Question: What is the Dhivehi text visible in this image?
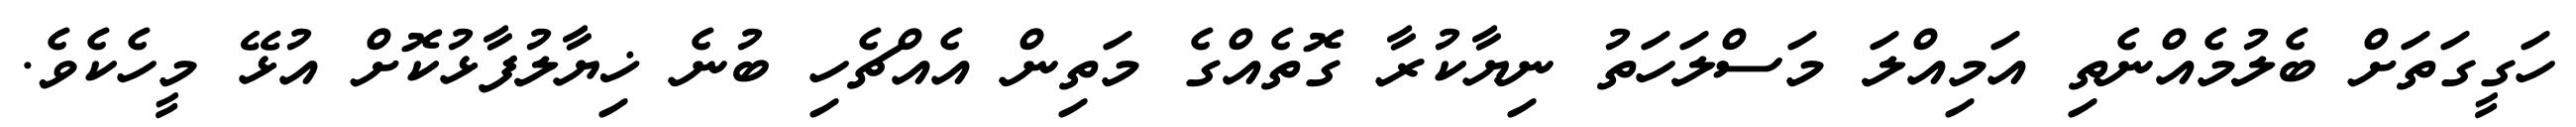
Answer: ހަގީގަތަށް ބެލުމެއްނެތި އަމިއްލަ މަސްލަހަތު ނިޔާކުރާ ގޮތެއްގެ މަތިން އެއްޗެހި ބުނެ ޚިޔާލުފާޅުކޮށް އުޅޭ މީހެކެވެ.